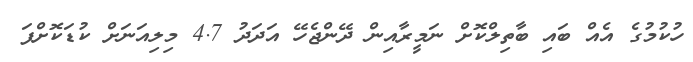
ހުކުމުގެ އެއް ބައި ބާތިލްކޮށް ނަމީރާއިން ދޭންޖެހޭ އަދަދު 4.7 މިލިއަނަށް ކުޑަކޮށްފަ